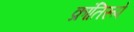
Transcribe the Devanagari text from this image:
क्रांतिरूपे